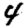
Digit: 4